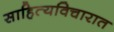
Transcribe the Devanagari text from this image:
साहित्यविचारात